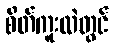
စိတ်ကူးထဲတွင်